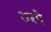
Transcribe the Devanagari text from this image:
तरपे